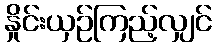
နှိုင်းယှဉ်ကြည့်လျှင်